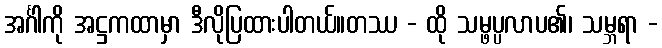
အင်္ဂါကို အဋ္ဌကထာမှာ ဒီလိုပြထားပါတယ်။တဿ - ထို သမ္ဖပ္ပလာပ၏၊ သမ္ဘရာ -